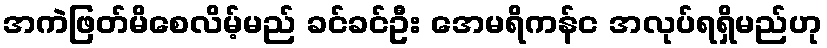
အကဲဖြတ်မိစေလိမ့်မည် ခင်ခင်ဦး အေမရိကန်င အလုပ်ရရှိမည်ဟု